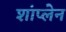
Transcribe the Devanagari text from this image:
शांप्लेन